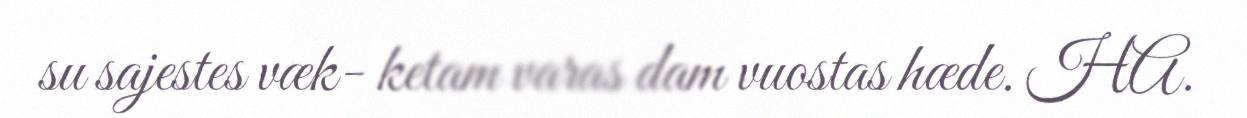
su sajestes væk- ketam varas dam vuostas hæde. HA.